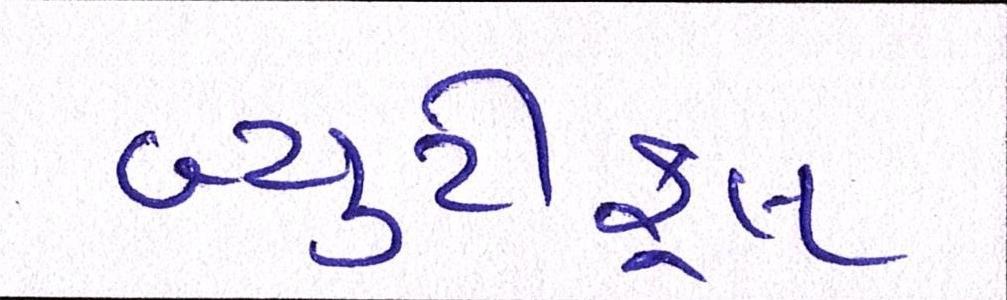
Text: બ્યુટીફૂલ